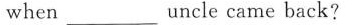
when ___ uncle came back?